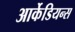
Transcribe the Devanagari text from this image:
आर्केडियन्स